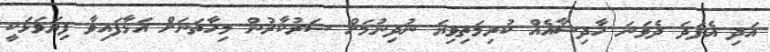
އަދި އެފަދަ ދެވަނަ ހާދިސާއެއް ކުރިމަތިވިޔަ ނުދިނުމަށް ސަރުކާރުން މިހާތަނަށް އަޅާފައިވާ ފިޔަވަޅަކީ